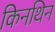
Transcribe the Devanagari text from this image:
किनथिन